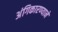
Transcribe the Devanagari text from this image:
अंगिकारण्याने